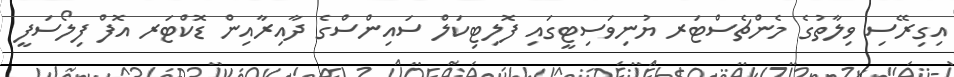
އިގިރޭސި ވިލާތުގެ މެންޗެސްޓަރ ޔުނިވަސިޓީގައި ފޮލިޓިކަލް ސައިންސްގެ ދާއިރާއިން ޑޮކްޓަރ އޮފް ފިލޯސަފީ